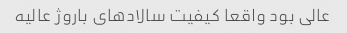
عالی بود واقعا کیفیت سالاد‌های باروژ عالیه